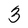
Character: 3